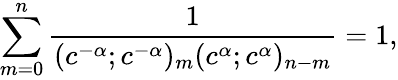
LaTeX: \sum_{m=0}^{n}\frac{1}{(c^{-\alpha};c^{-\alpha})_{m}(c^{\alpha};c^{\alpha})_{n-m}}=1,